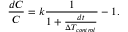
\frac { d C } { C } = k \frac { 1 } { 1 + \frac { d t } { \Delta T _ { c o n t r o l } } } - 1 .